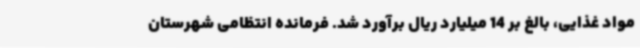
مواد غذایی، بالغ بر 14 میلیارد ریال برآورد شد. فرمانده انتظامی شهرستان